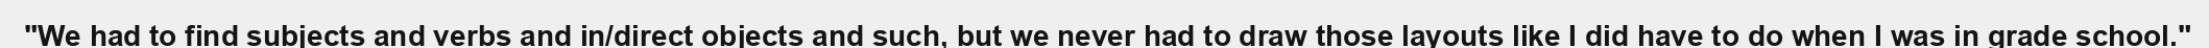
"We had to find subjects and verbs and in/direct objects and such, but we never had to draw those layouts like I did have to do when I was in grade school."